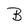
Character: B